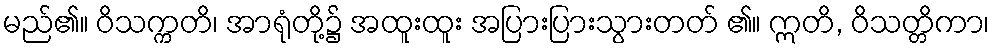
မည်၏။ ဝိသက္ကတိ၊ အာရုံတို့၌ အထူးထူး အပြားပြားသွားတတ် ၏။ ဣတိ, ဝိသတ္တိကာ၊